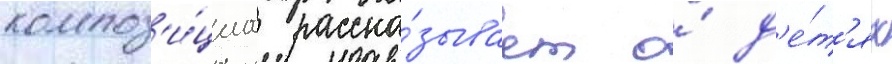
композ'и́циа расска́зывает о́ д'е́т'ях